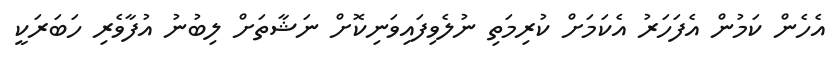
އެހެން ކަމުން އެފަހަރު އެކަމަށް ކުރިމަތި ނުލެވިފައިވަނިކޮށް ނަޝާތަށް ލިބުނު އުފާވެރި ހަބަރަކީ